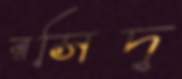
রসিদ